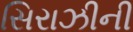
સિરાઝીની